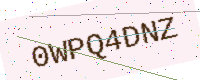
Text: 0WPQ4DNZ